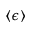
\langle \epsilon \rangle